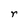
Character: r